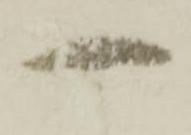
一